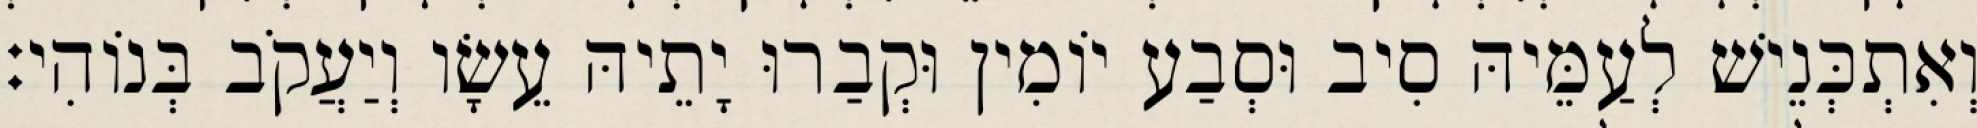
וְאִתְכְּנֵישׁ לְעַמֵּיהּ סִיב וּסְבַע יוֹמִין וּקְבַרוּ יָתֵיהּ עֵשָׂו וְיַעֲקֹב בְּנוֹהִי׃